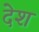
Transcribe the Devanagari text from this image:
देेश